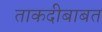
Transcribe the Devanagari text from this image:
ताकदीबाबत